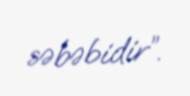
səbəbidir”.